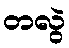
တလွဲ